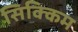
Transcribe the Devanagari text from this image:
सिक्‍िकम